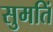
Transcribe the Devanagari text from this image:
सुमतिं